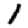
Digit: 1